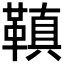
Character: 𩌙